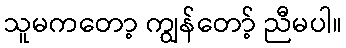
သူမကတော့ ကျွန်တော့် ညီမပါ။